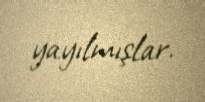
yayılmışlar.